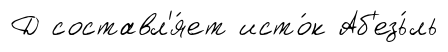
Д составл'я́ет исто́к Аб'езь́ль